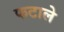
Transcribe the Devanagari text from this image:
फटाले